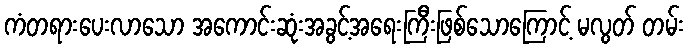
ကံတရားပေးလာသော အကောင်းဆုံးအခွင့်အရေးကြီးဖြစ်သောကြောင့် မလွတ် တမ်း